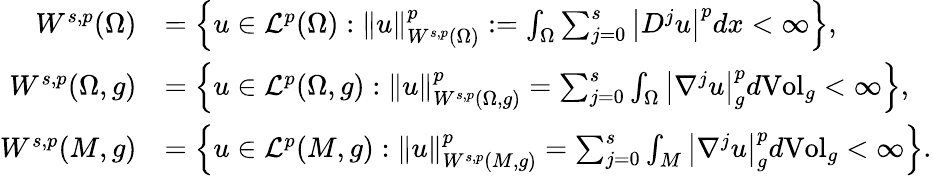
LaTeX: \begin{array}{rl}{W^{s,p}(\Omega)}&{=\left\{ u\in\mathcal{L}^{p}(\Omega):\lVert u\rVert_{W^{s,p}(\Omega)}^{p}:=\int_{\Omega}\sum_{j=0}^{s}\left\lvert D^{j}u\right\rvert^{p}dx<\infty\right\} ,}\\ {W^{s,p}(\Omega,g)}&{=\left\{ u\in\mathcal{L}^{p}(\Omega,g):\lVert u\rVert_{W^{s,p}(\Omega,g)}^{p}=\sum_{j=0}^{s}\int_{\Omega}\left\lvert\nabla^{j}u\right\rvert_{g}^{p}d\mathrm{Vol}_{g}<\infty\right\} ,}\\ {W^{s,p}(M,g)}&{=\left\{ u\in\mathcal{L}^{p}(M,g):\lVert u\rVert_{W^{s,p}(M,g)}^{p}=\sum_{j=0}^{s}\int_{M}\left\lvert\nabla^{j}u\right\rvert_{g}^{p}d\mathrm{Vol}_{g}<\infty\right\} .}\end{array}